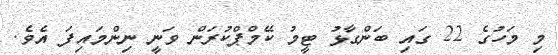
މި މަހުގެ 22 ގައި ބަންގާޅު ޓީމު ކޭމްޕްކުރަން ވަނީ ނިންމައިފަ އެވެ.